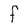
Character: F